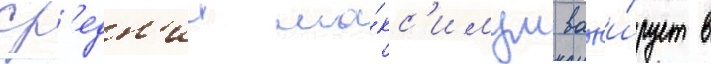
ср'едн'ии ма́кс'имум варьи́рует в